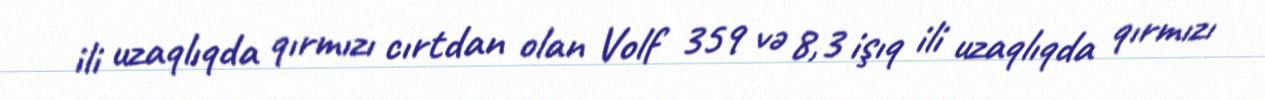
ili uzaqlıqda qırmızı cırtdan olan Volf 359 və 8,3 işıq ili uzaqlıqda qırmızı